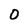
Character: 0